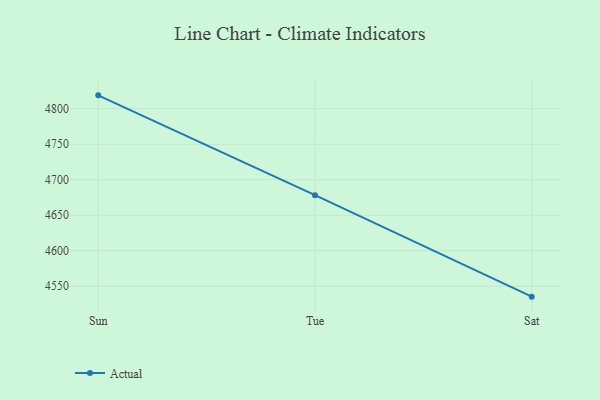
{"axis": {"x": "Day", "y": "Operating Costs (USD K)"}, "legend": ["Actual"], "data": [{"x": "Sun", "y": 4818.9, "type": "Actual"}, {"x": "Tue", "y": 4678.3, "type": "Actual"}, {"x": "Sat", "y": 4535.3, "type": "Actual"}]}